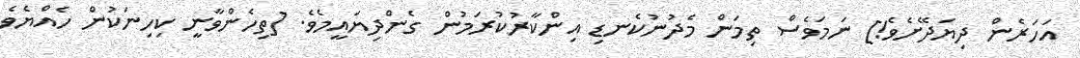
އަހަރެން ދިޔަދޭށެވެ!] ނަމަވެސް ތިމަން މެދުނުކެނޑި އިންކާރުކުރަމުން ގެންދިޔައީމެވެ. [ތިހެންވާނީ ކިހިނަކުން ހެއްޔެވެ